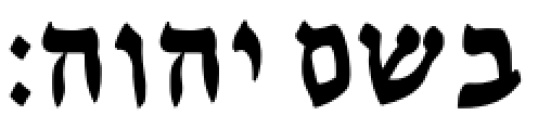
בשם יהוה׃